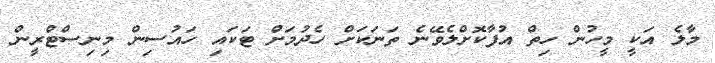
މާލެ އަކީ މީހުން ހިތް އުފާކޮށްލެވޭނެ ތަނަކަށް ހެދުމަށް ޓަކައި ހައުސިން މިނިސްޓްރީން